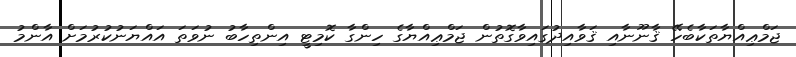
ޖަމްޢިއްޔާތަކާބެހޭ ޤާނޫނާއި ޤަވާއިދުގައިވާގޮތުން ޖަމްޢިއްޔާގެ ހިންގާ ކޮމިޓީ އިންތިހާބު ނުވަތަ އައްޔަނުކުރުމަށް އާންމު